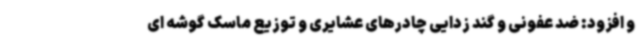
و افزود: ضد عفونی و گند زدایی چادرهای عشایری و توزیع ماسک گوشه ای